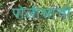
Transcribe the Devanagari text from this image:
पोलीसांची